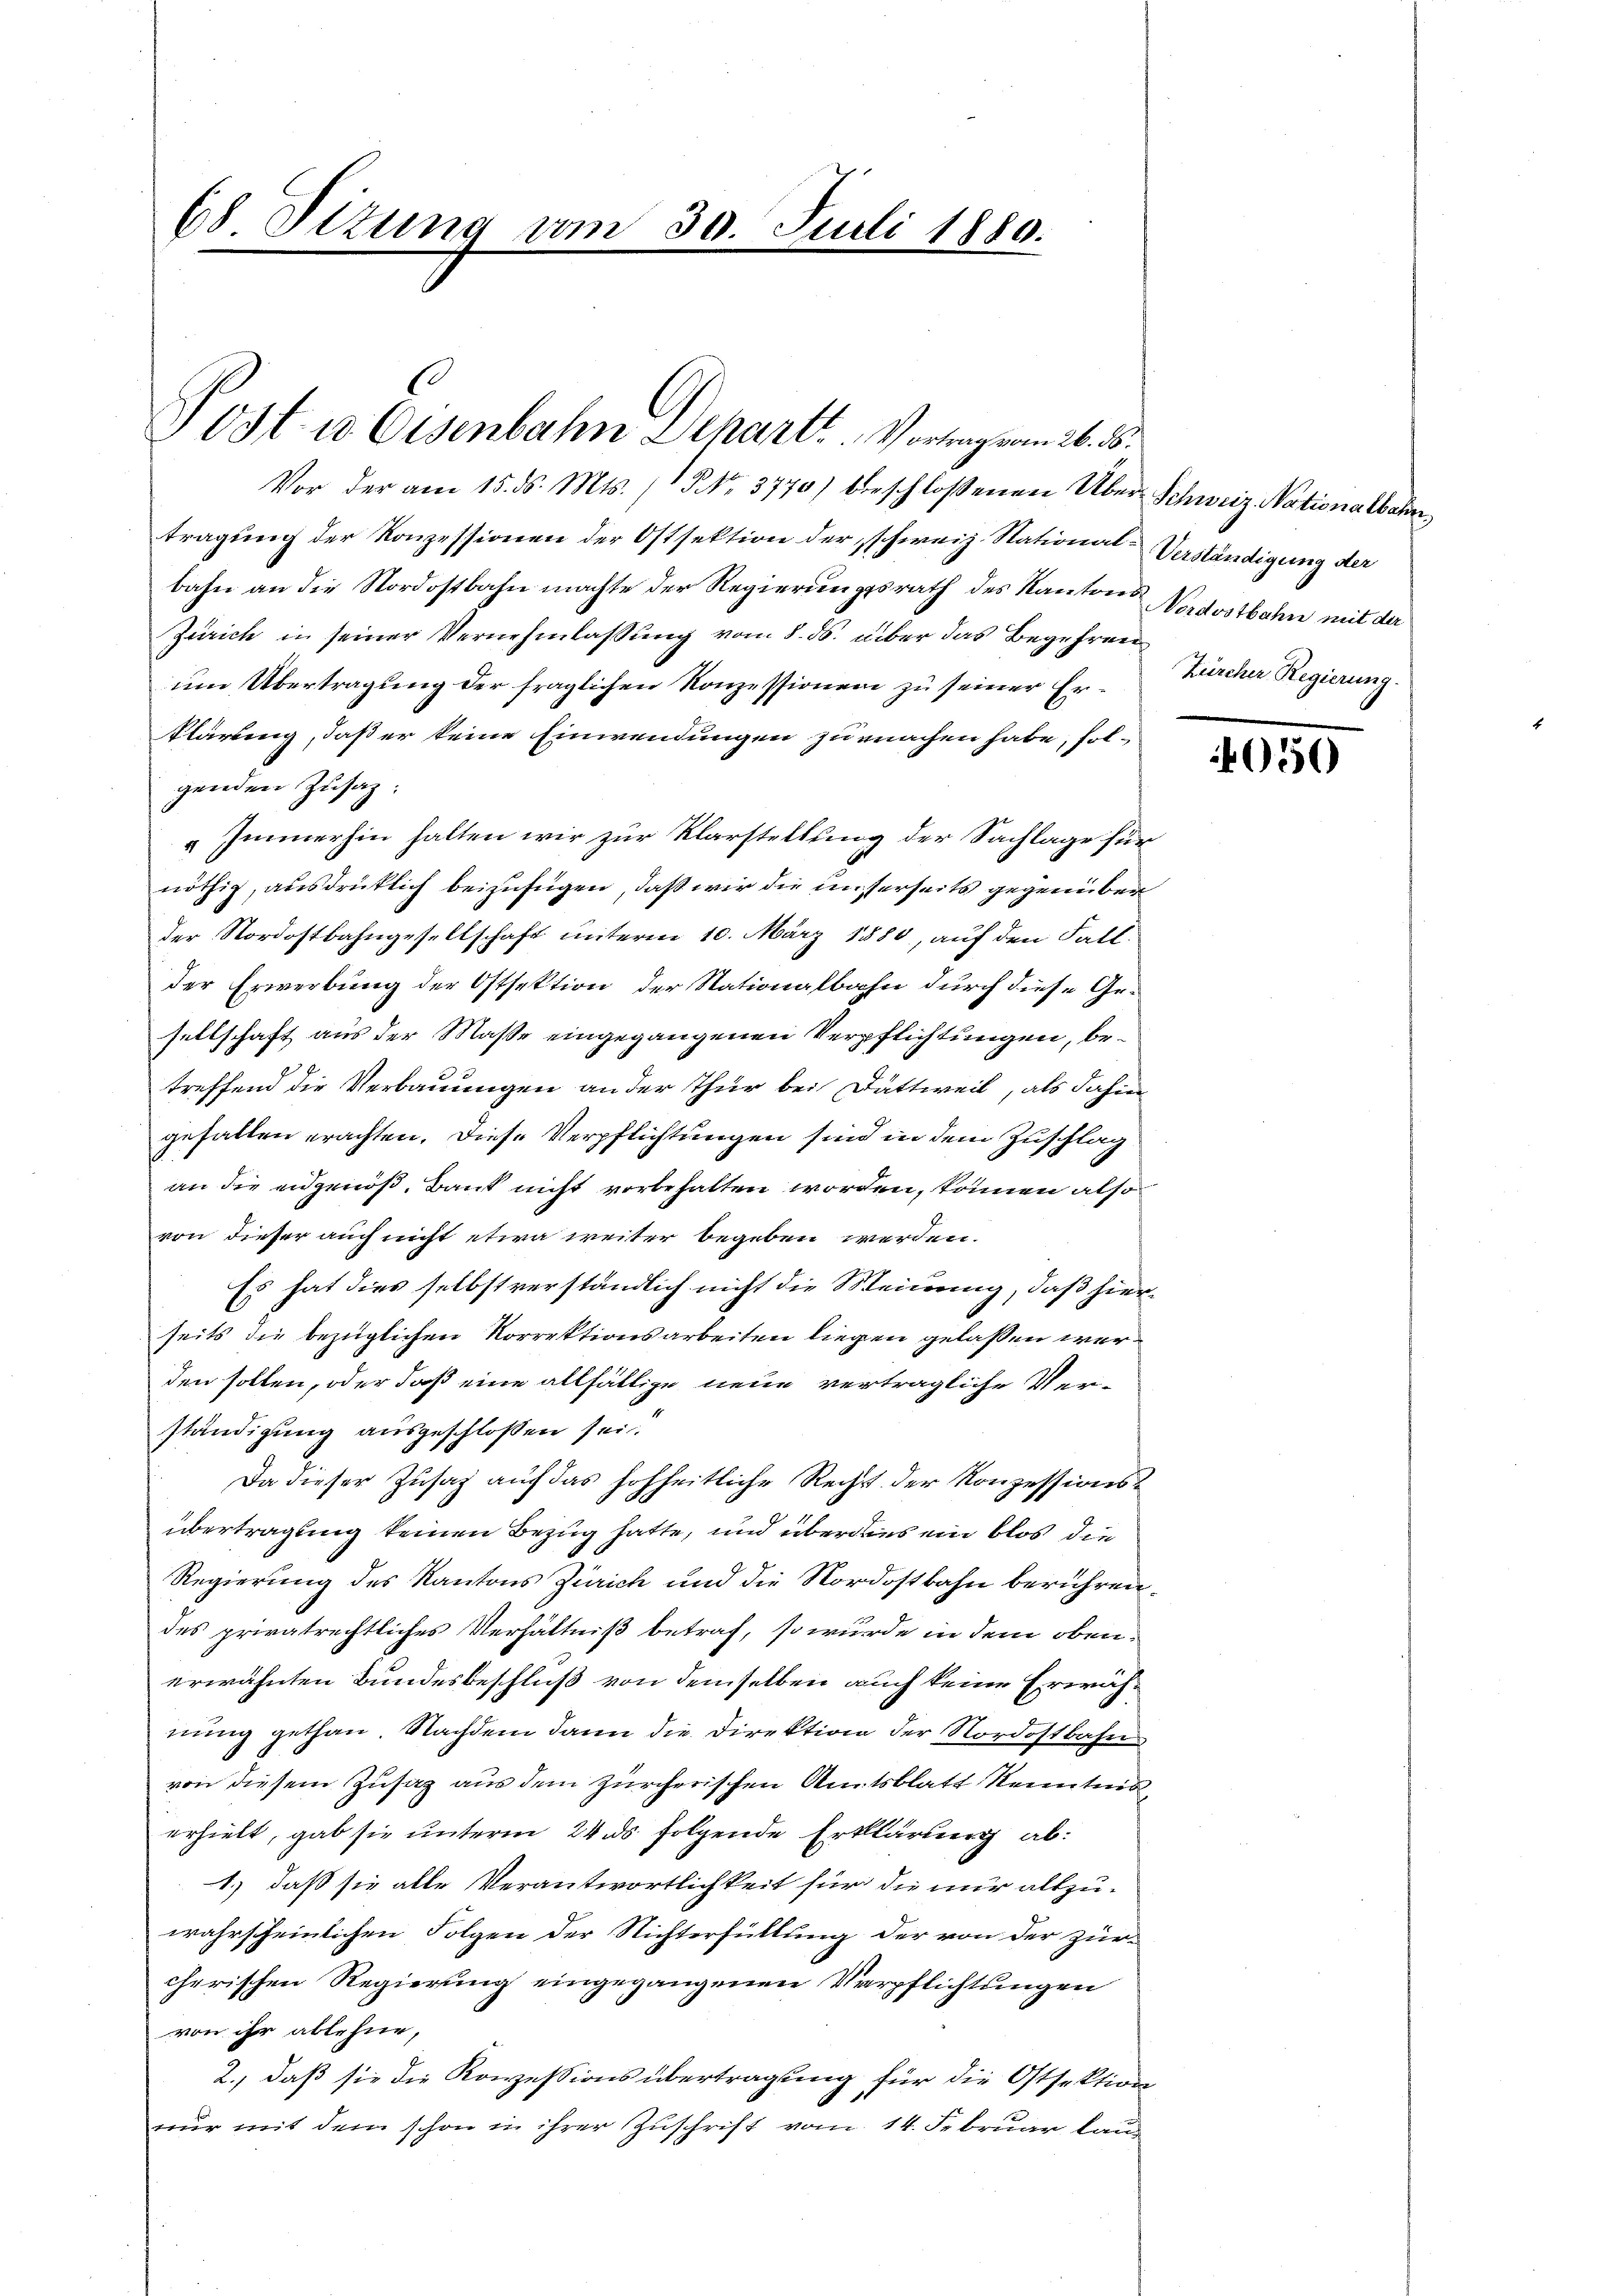
68 Titung vom 30. Juli 1880.

Post u. Eisenbahn Departe. Vorweg von 26. d.

Vor der am 15. ds. Mts. (1 NNo. 3770) beschloßenen Über-Schweiz. Nationalbahn,
tragung der Konzessionen der Ostsektion der schweiz. Stational-Verständigung der
bahn an die Nordostbahn machte der Regierungsrath des Kantons¬
Zürich in seiner Vernehmlassung vom 8. ds. über das Begehren
um Übertragung der fraglichen Konzessionen zu seiner Er¬
Klärung, daß er keine Einwendungen zu machen habe, solgenden Zusaz.
„Immerhin halten wir zur Klarstellung der Sachlage für
nöthig, ausdrücklich beizufügen, daß wir die unserseits gegenüber
der Nordostbahngesellschaft unterm 10. März 1880, auf den Fall.
der Erwerbung der Ostsektion der Nationalbahn durch diese Gesellschaft aus der Masse eingegangenen Verpflichtungen, betreffend die Verbauungen an der Thür bei Dättweil, als dahin
gefallen erachten. Diese Verpflichtungen sind in dem Zuschlag
an die eidgenöß, Bank nicht vorbehalten worden, können also
von dieser auch nicht etwa weiter begeben werden.
Es hat dies selbst verständlich nicht die Meinung, daß hierseits die bezüglichen Korrektionsarbeiten liegen gelaßen werden sollen, oder daß eine allfällige neue verträgliche Verständigung ausgeschlossen sei.
Da dieser Zŭsaz aŭf das hohheitliche Recht der Konzessions-
übertragung keinen Bezug hatte, und überdies ein blos die
Regierung des Kantons Zürich und die Nordostbahn berühren.
des privatrechtliches Verhältniß betraf, so wurde in dem obenerwähnten Bundesbeschluß von demselben auch keine Erwähnung gethan. Nachdem dann die Direktion der Nordostbahn
von diesem Zusatz aus dem zürcherischen Amtsblatt Kenntniserhielt, gab sie unterm 24 ds folgende Erklärung ab¬
1.) daß sie alle Verantwortlichkeit für die nur altzu-
wahrscheinlichen Folgen der Nichterfüllung der von der zürcherischen Regierung eingegangenen Verpflichtungen
von ihr ablehne,
2., daß sie die Konzessions übertragung für die Ostsektion
6
nur mit dem schon in ihrer Zuschrift vom 14. Februar lau

Nordostbahn mit der
Zürcher Regierung.

050